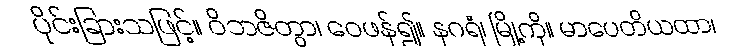
ပိုင်းခြားသဖြင့်။ ဝိဘဇိတွာ၊ ဝေဖန်၍။ နဂရံ၊ မြို့ကို။ မာပေတိယထာ၊